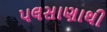
પલસાણાથી